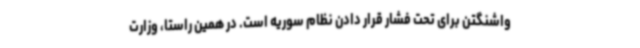
واشنگتن برای تحت فشار قرار دادن نظام سوریه است. در همین راستا، وزارت